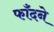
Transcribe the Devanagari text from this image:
फाँदने